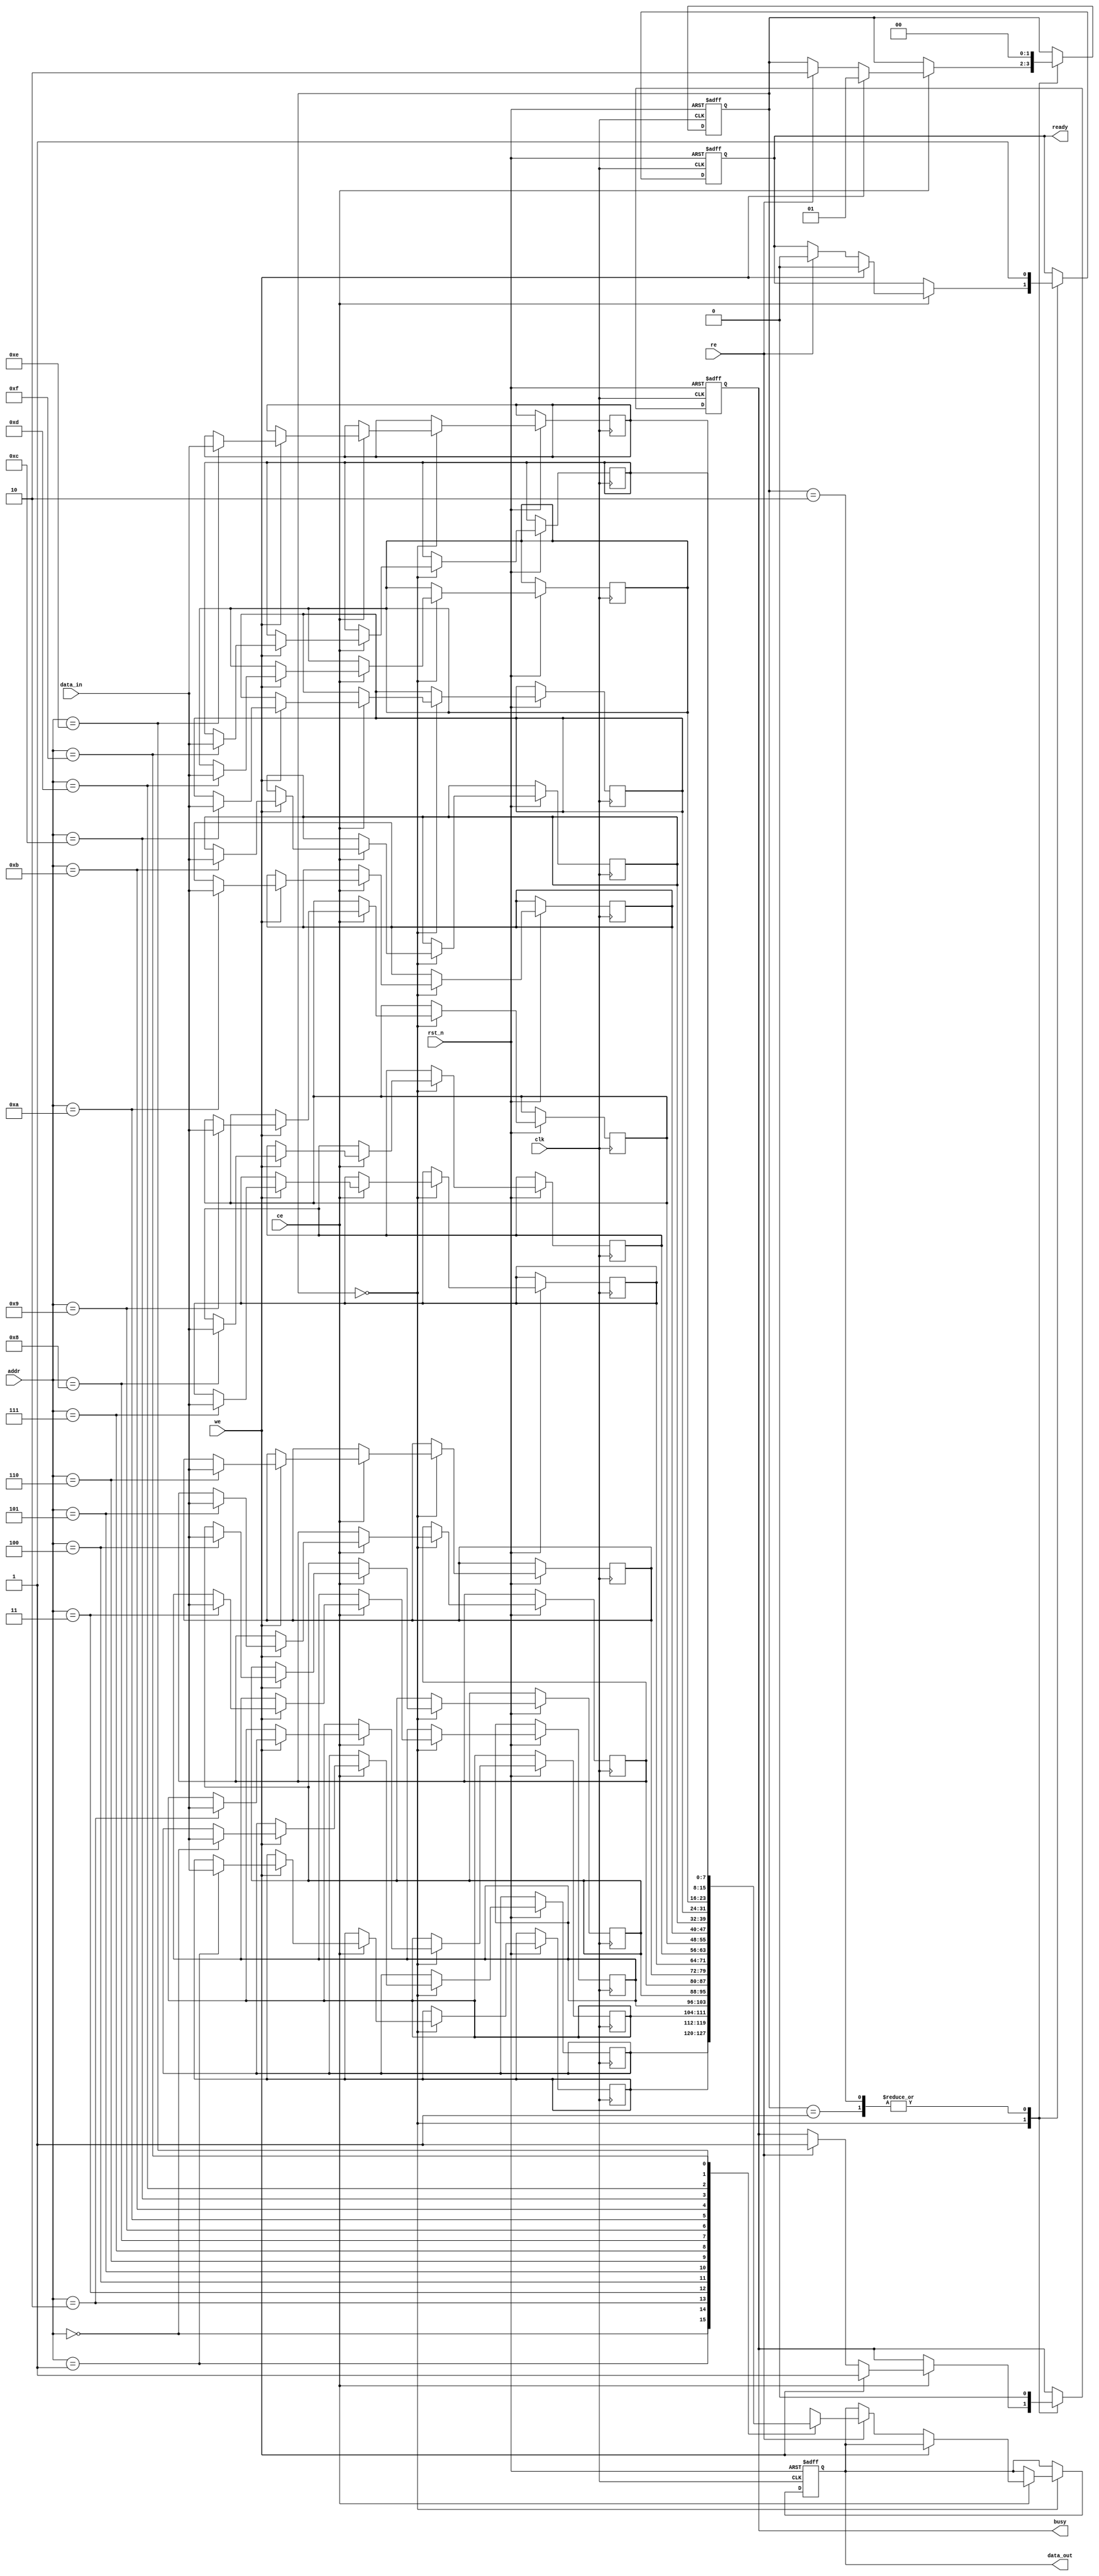
module nand_eeprom_io (
    input wire clk,          // System clock
    input wire rst_n,       // Active low reset
    input wire ce,          // Chip Enable
    input wire we,          // Write Enable
    input wire re,          // Read Enable
    input wire [7:0] data_in, // Data input (8-bit)
    output reg [7:0] data_out, // Data output (8-bit)
    input wire [3:0] addr,      // Address input (4-bit for 16 locations)
    output reg busy,           // Busy status signal
    output reg ready           // Ready status signal
);

    // Memory array (16 x 8-bit)
    reg [7:0] memory [0:15]; 

    // State machine states
    localparam IDLE  = 2'b00;
    localparam WRITE = 2'b01;
    localparam READ  = 2'b10;

    reg [1:0] state = IDLE;

    // Process to handle read/write operations
    always @(posedge clk or negedge rst_n) begin
        if (!rst_n) begin
            state <= IDLE;
            busy <= 1'b0;
            ready <= 1'b1;
            data_out <= 8'b0;
        end
        else begin
            case (state)
                IDLE: begin
                    if (ce) begin
                        if (we) begin
                            // Write operation
                            busy <= 1'b1;
                            ready <= 1'b0;
                            memory[addr] <= data_in; // Write data to memory
                            state <= WRITE;
                        end
                        else if (re) begin
                            // Read operation
                            busy <= 1'b1;
                            ready <= 1'b0;
                            data_out <= memory[addr]; // Read data from memory
                            state <= READ;
                        end
                    end
                end

                WRITE: begin
                    // Completion of write operation
                    busy <= 1'b0;
                    ready <= 1'b1;
                    state <= IDLE;
                end

                READ: begin
                    // Completion of read operation
                    busy <= 1'b0;
                    ready <= 1'b1;
                    state <= IDLE;
                end
            endcase
        end
    end

    // ESD and protection mechanisms could be added here

endmodule